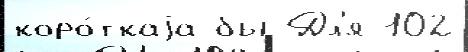
коро́ткаjа бы Дл'я 102